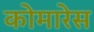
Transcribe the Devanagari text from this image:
कोमारेस